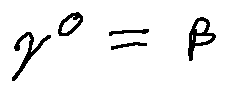
\gamma ^ { 0 } = \beta